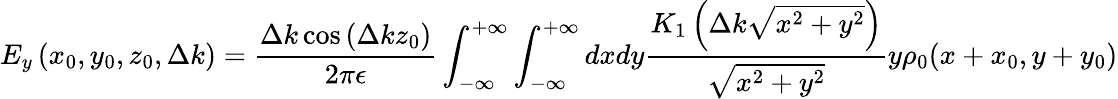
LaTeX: E_{y}\left(x_{0},y_{0},z_{0},\Delta k\right)=\frac{\Delta k\cos\left(\Delta kz_{0}\right)}{2\pi\epsilon}\int_{-\infty}^{+\infty}\int_{-\infty}^{+\infty}dxdy\frac{K_{1}\left(\Delta k\sqrt{x^{2}+y^{2}}\right)}{\sqrt{x^{2}+y^{2}}}y\rho_{0}(x+x_{0},y+y_{0})